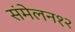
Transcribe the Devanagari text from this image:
संमेलन१२